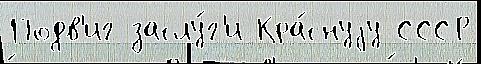
Подв'иг заслу́г'и Кра́снуjу СССР